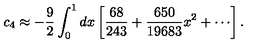
c _ { 4 } \approx - \frac { 9 } { 2 } \int _ { 0 } ^ { 1 } d x \left[ \frac { 6 8 } { 2 4 3 } + \frac { 6 5 0 } { 1 9 6 8 3 } x ^ { 2 } + \cdots \right] .